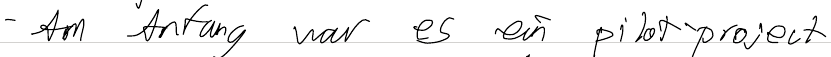
- Am Anfang war es ein pilot-project